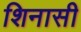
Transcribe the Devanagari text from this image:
शिनासी